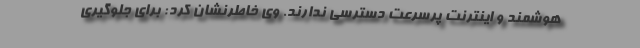
هوشمند و اینترنت پرسرعت دسترسی ندارند. وی خاطرنشان کرد: برای جلوگیری